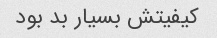
کیفیتش بسیار بد بود